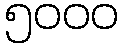
၅၀၀၀